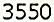
3550